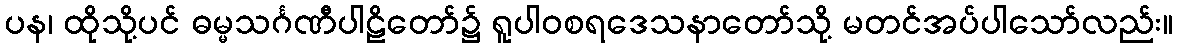
ပန၊ ထိုသို့ပင် ဓမ္မသင်္ဂဏီပါဠိတော်၌ ရူပါဝစရဒေသနာတော်သို့ မတင်အပ်ပါသော်လည်း။